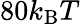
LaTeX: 80k_{\mathrm{B}}T